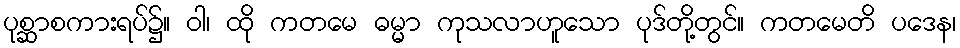
ပုစ္ဆာစကားရပ်၌။ ဝါ၊ ထို ကတမေ ဓမ္မာ ကုသလာဟူသော ပုဒ်တို့တွင်။ ကတမေတိ ပဒေန၊